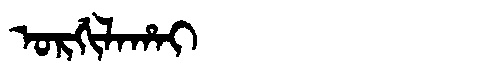
Manchu: ᠣᡵᡤᡳᠯᠠᡥᠠᡳ
Romanization: ORGILAHAI